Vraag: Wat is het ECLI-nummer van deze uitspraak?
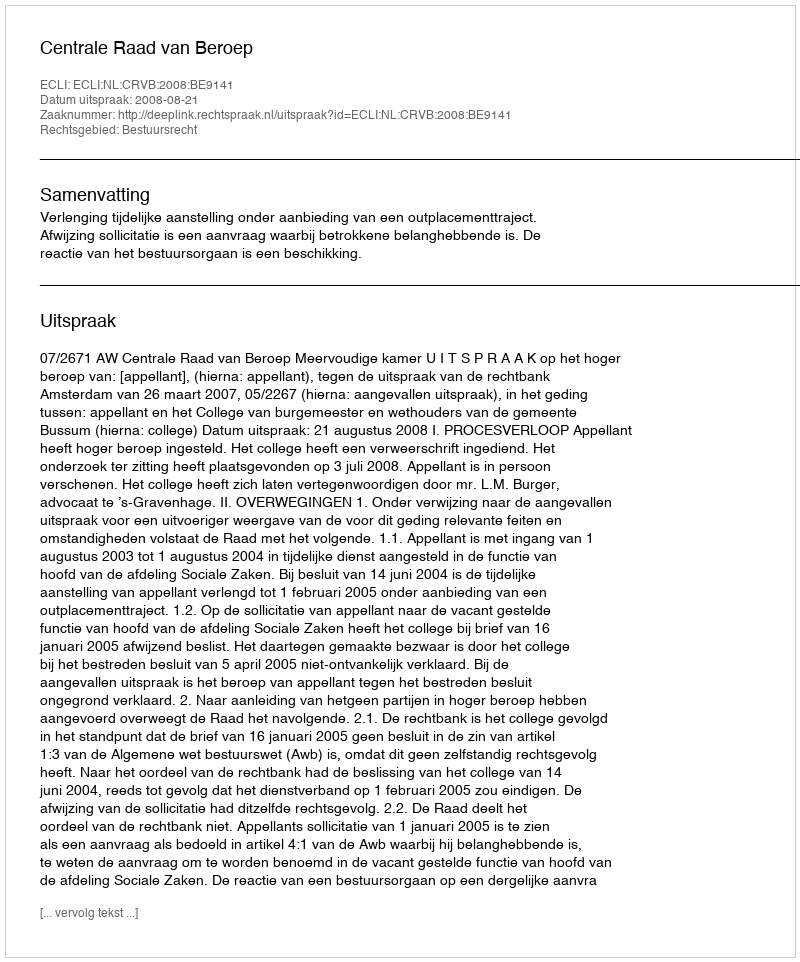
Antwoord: ECLI:NL:CRVB:2008:BE9141